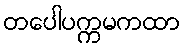
တပေါပက္ကမကထာ